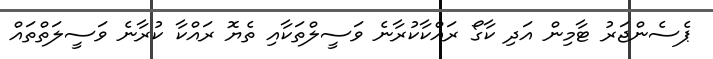
ޕެސެންޖަރު ޓާމިން އަދި ކާގޯ ރައްކާކުރާނެ ވަސީލްތަކާއި ތެޔޮ ރައްކާ ކުރާނެ ވަސީލަތްތައް